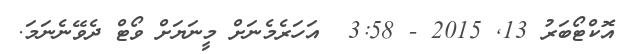
އޮކްޓޯބަރު 13